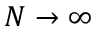
N \rightarrow \infty